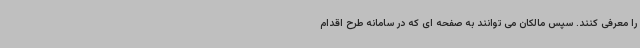
را معرفی کنند. سپس مالکان می توانند به صفحه ای که در سامانه طرح اقدام